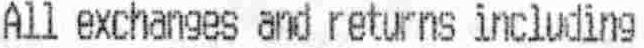
ALL EXCHANGES AND RETURNS INCLUDING